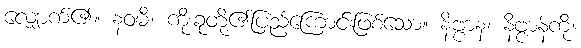
လျှောက်၏။ နဝမီ၊ ကိုးခုတို့၏ပြည့်ကြောင်းဖြစ်သော။ နိဗ္ဗာနံ၊ နိဗ္ဗာန်ကို။